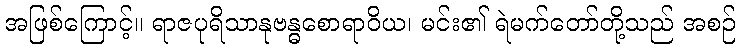
အဖြစ်ကြောင့်။ ရာဇပုရိသာနုဗန္ဓစောရာဝိယ၊ မင်း၏ ရဲမက်တော်တို့သည် အစဉ်